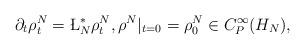
LaTeX: \begin{align*} \partial_t \rho^N_t = \L_N^\ast \rho^N_t, \rho^N|_{t=0}= \rho^N_0\in C_P^\infty(H_N), \end{align*}